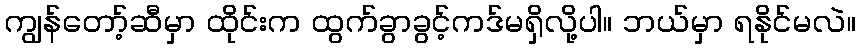
ကျွန်တော့်ဆီမှာ ထိုင်းက ထွက်ခွာခွင့်ကဒ်မရှိလို့ပါ။ ဘယ်မှာ ရနိုင်မလဲ။